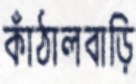
কাঁঠালবাড়ি